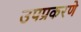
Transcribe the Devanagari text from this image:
उपप्रकरणे